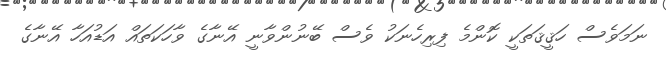
ނަމަވެސް ހަޤީޤަތަކީ ކޮންމެ ފިރިހެނަކު ވެސް ބޭނުންވާނީ އޭނާގެ ވާހަކަތައް އަޑުއަހާ އޭނާގެ